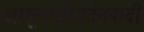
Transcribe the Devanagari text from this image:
आमूलपरिवर्तनवादी